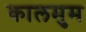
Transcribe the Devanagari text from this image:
कालमुम